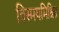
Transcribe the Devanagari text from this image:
विस्मयमिश्रित